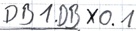
Text: DB1.DBX0.1